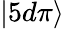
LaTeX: |5d\pi\rangle